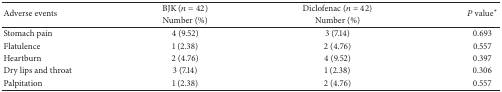
| <ROWSPAN=2> Adverse events | BJK (n = 42) | Diclofenac (n = 42) | <ROWSPAN=2> Pvalue∗ |
 | Number (%) | Number (%) |
 | --- | --- | --- | --- |
 | Stomach pain | 4 (9.52) | 3 (7.14) | 0.693 |
 | Flatulence | 1 (2.38) | 2 (4.76) | 0.557 |
 | Heartburn | 2 (4.76) | 4 (9.52) | 0.397 |
 | Dry lips and throat | 3 (7.14) | 1 (2.38) | 0.306 |
 | Palpitation | 1 (2.38) | 2 (4.76) | 0.557 |